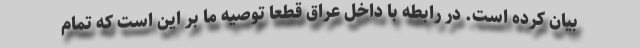
بیان کرده است. در رابطه با داخل عراق قطعا توصیه ما بر این است که تمام